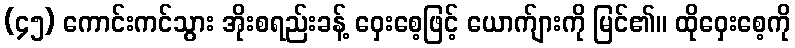
(၄၅) ကောင်းကင်သွား အိုးစရည်းခန့် ဝှေးစေ့ဖြင့် ယောက်ျားကို မြင်၏။ ထိုဝှေးစေ့ကို